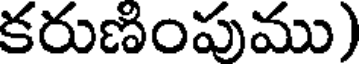
కరుణింపుము)